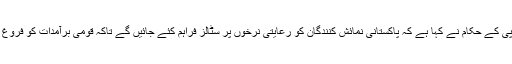
ٹی ڈی اے پی کے حکام نے کہا ہے کہ پاکستانی نمائش کنندگان کو رعایتی نرخوں پر سٹالز فراہم کئے جائیں گے تاکہ قومی برآمدات کو فروغ دیاجاسکے۔